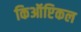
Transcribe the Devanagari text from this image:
किऑप्टिकल